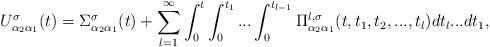
LaTeX: \begin{align*}U^\sigma_{\alpha_2 \alpha_1}(t) = \Sigma_{\alpha_2 \alpha_1}^\sigma(t) + \sum_{l=1}^\infty \int_{0}^{t}\int_0^{t_1}...\int_0^{t_{l-1}}\Pi^{l, \sigma}_{\alpha_2\alpha_1}(t, t_1, t_2, ... , t_l)dt_l...dt_1,\end{align*}